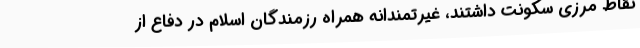
نقاط مرزی سکونت داشتند، غیرتمندانه همراه رزمندگان اسلام در دفاع از